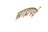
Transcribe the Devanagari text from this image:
ब्राह्मपर्व